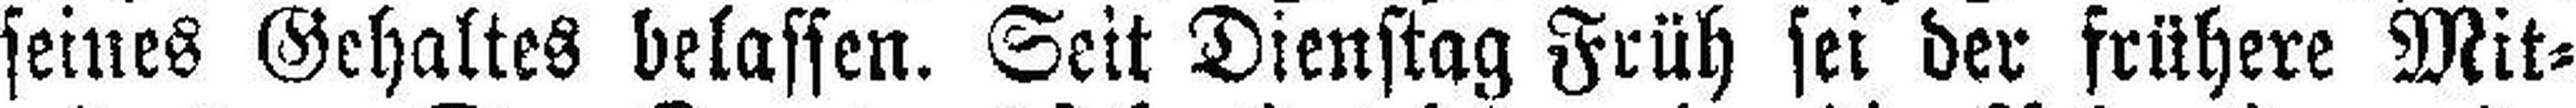
seines Gehaltes belassen. Seit Dienstag Früh sei der frühere Mit¬